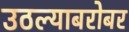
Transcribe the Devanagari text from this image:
उठल्याबरोबर